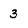
Character: 3